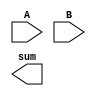
module four_bit_adder(
    input [3:0] A,
    input [3:0] B,
    output reg [3:0] sum
);

reg carry;
reg [3:0] sum_temp;

always @*
begin
    sum_temp = A + B + carry;
    sum = sum_temp[3:0];
    carry = sum_temp[4];
end

endmodule